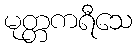
မုတ္တကရီသေ